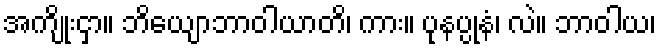
အကျိုးငှာ။ ဘိယျောဘာဝါယာတိ၊ ကား။ ပုနပ္ပုနံ၊ လဲ။ ဘာဝါယ၊